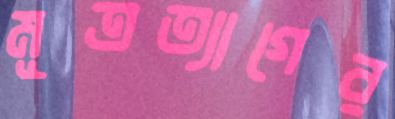
মূত্রত্যাগের